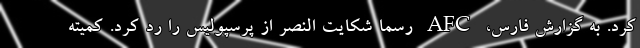
کرد. به گزارش فارس، AFC رسما شکایت النصر از پرسپولیس را رد کرد. کمیته